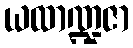
ယထာဏ္ဍဇာ